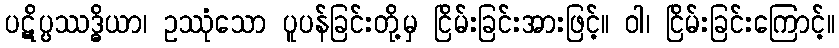
ပဋိပ္ပဿဒ္ဓိယာ၊ ဥဿုံသော ပူပန်ခြင်းတို့မှ ငြိမ်းခြင်းအားဖြင့်။ ဝါ၊ ငြိမ်းခြင်းကြောင့်။